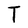
Character: T